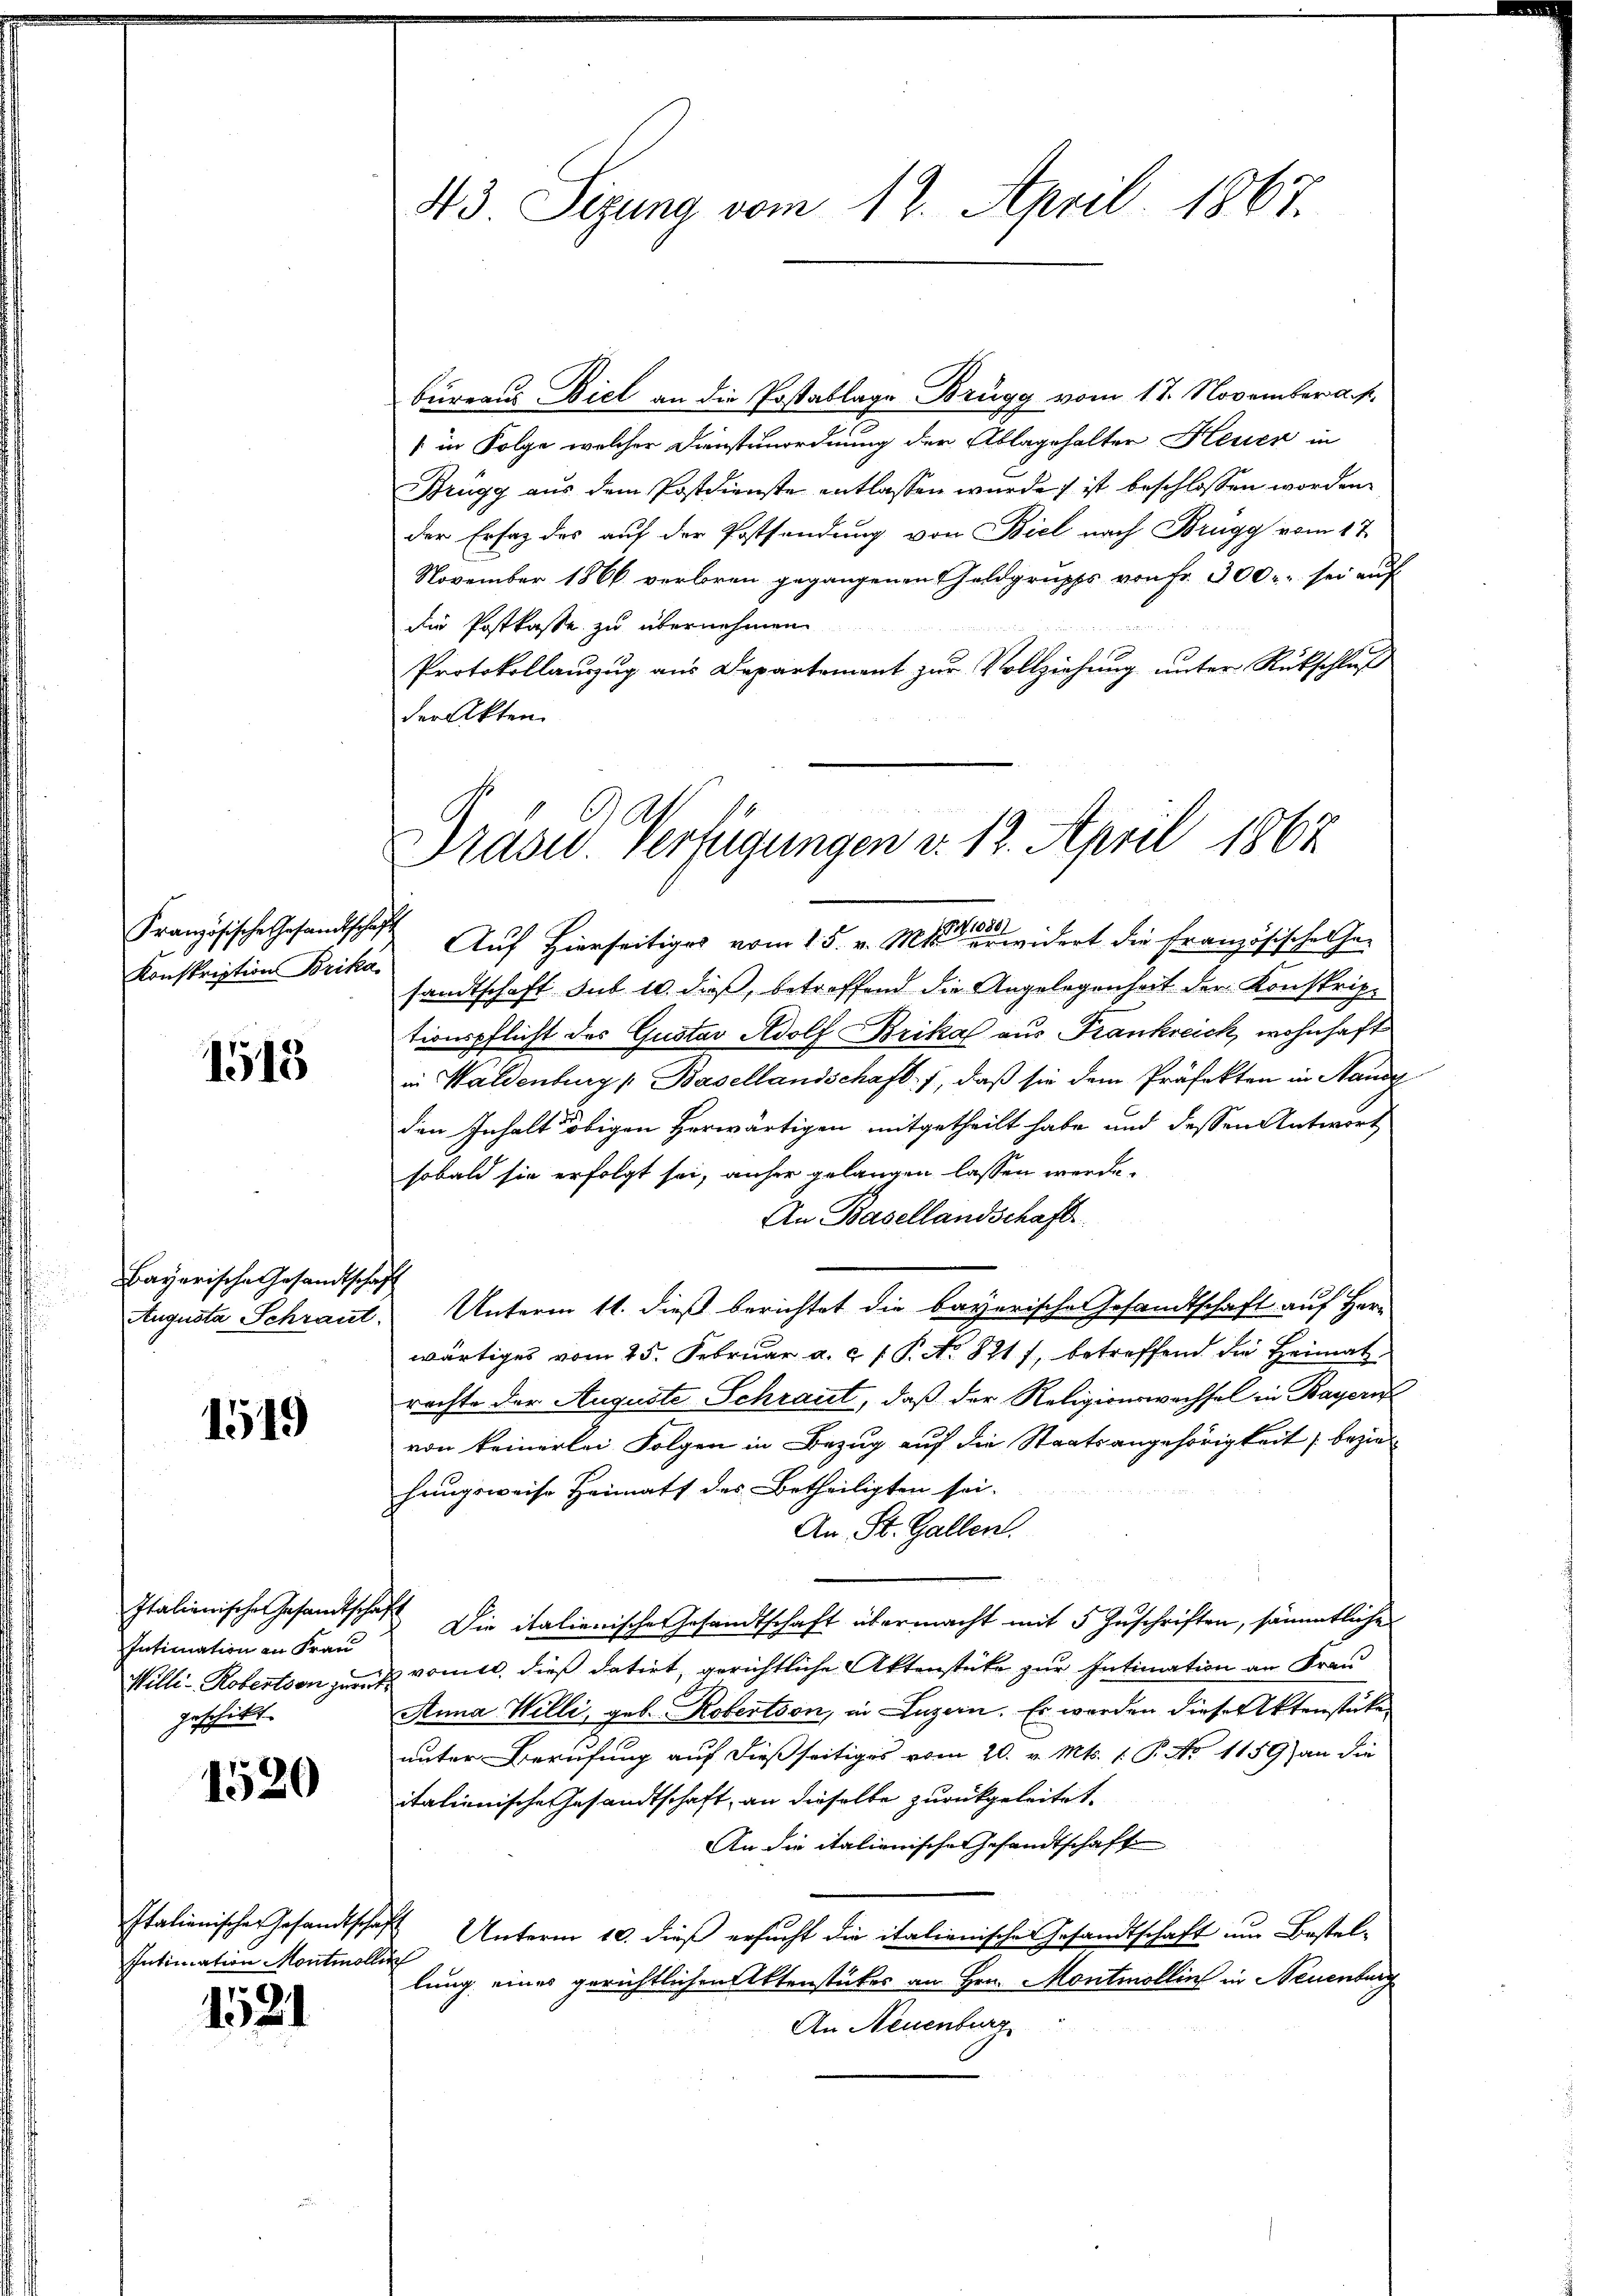
Französische Gesandtschaft

1515

Bayerische Gesandtschaft

1519

Intimation an Frau
eschütt.
e
.

1520

Intimation Montmoll

1521

bureaus Biel an die Postablage Brugg vom 17. November a. p.
1 in Folge welcher Dienstenordnung der Ablagehalter Heuer in
Brügg aus dem Postdienste entlassen wurde ist beschlossen worden.
der Erfaz des auf der Postsendung von Biel nach Brugg vom 17.
November 1866 verloren gegangenen Geldgrupps von Fr. 300. sei auf
die Postkasse zu übernehmen.
Protokollauszug aus Departement zur Vollziehung unter Rückschluß
der Akten.

43 Sizung vom 12. April 1867.

Drasu. Verfügungen d. 12. April 1867

Konskription Brika. Auf Hierseitiges vom 15. v. Mts. widert die Französische Ge-
sandtschaft sub. 10. dieß, betreffend die Angelegenheit der Konskriptionspflicht des Gustav Adolf Brika aus Frankreich, wohnhaft
in Waldenburg Basellandschaft. f, daß sie dem Präfekten in Hande
den Inhalt obigen herwärtigen mitgetheilt habe und dessen Antwort
sobald sie erfolgt sei, anher gelangen lassen werde.
An Basellandschaft
Augusta Schraut. Unterm 11. dieß berichtet die bayerische Gesandtschaft auf Herwärtiges vom 25. Februar a. c. f. P. No. 8217, betreffend die Heimat
rechte der Auguste Schraut, daß der Religionswachsel in Bayernf
von keinerlei Folgen in Bezug auf die Staatsangehörigkeit (beziehungsweise Heimats des Betheiligten sei.
An St. Gallen.
Italienische Gesamtschaft Die italienische Gesandtschaft übermacht mit 5 Zuschriften, sämmtliche
Willi-Robertion zu vomit, dieß datirt, gerichtliche Aktenstüke zur Intimation an Frau
Anna Willi, geb. Robertion, in Luzern. Es werden diese Aktenstücke
unter Berufung auf dießseitiges vom 20. v. Mts. f. P. No 1159) an die
italienische Gesandtschaft, an dieselbe zurückgeleitet.
An die italienische Gesandtschafte
Italienischen Gesandtschaft Unterm 10. dieß ersucht die italienische Gesandtschaft um Bestelh
lung eines gerichtlichen Aktenstückes an Hrn. Montmollin in Neuenburg
An Neuenburg